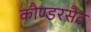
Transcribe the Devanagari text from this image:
कौण्डरसैट